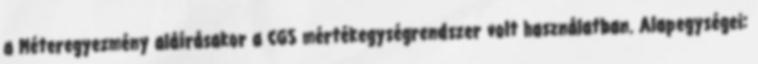
a Méteregyezmény aláírásakor a CGS mértékegységrendszer volt használatban. Alapegységei: